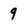
Character: 9